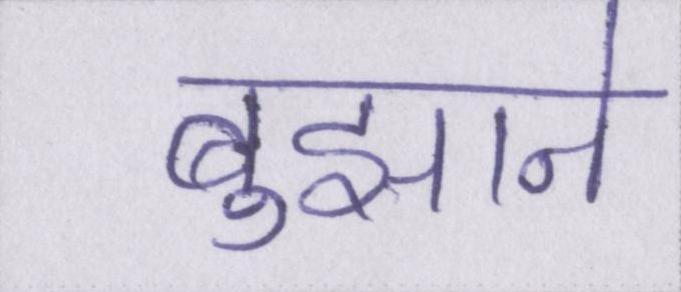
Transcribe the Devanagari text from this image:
बुझाने